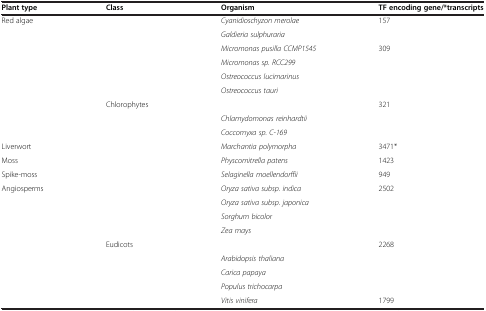
<table><thead><tr><td><b>Plant type</b></td><td><b>Class</b></td><td><b>Organism</b></td><td><b>TF encoding gene/*transcripts</b></td></tr></thead><tbody><tr><td rowspan="2">Red algae</td><td rowspan="2">[EMPTY_CELL]</td><td><i>Cyanidioschyzon merolae</i></td><td>157</td></tr><tr><td><i>Galdieria sulphuraria</i></td><td>[EMPTY_CELL]</td></tr><tr><td rowspan="7">[EMPTY_CELL]</td><td rowspan="4">[EMPTY_CELL]</td><td><i>Micromonas pusilla CCMP1545</i></td><td>309</td></tr><tr><td><i>Micromonas sp. RCC299</i></td><td>[EMPTY_CELL]</td></tr><tr><td><i>Ostreococcus lucimarinus</i></td><td>[EMPTY_CELL]</td></tr><tr><td><i>Ostreococcus tauri</i></td><td>[EMPTY_CELL]</td></tr><tr><td rowspan="3">Chlorophytes</td><td>[EMPTY_CELL]</td><td>321</td></tr><tr><td><i>Chlamydomonas reinhardtii</i></td><td>[EMPTY_CELL]</td></tr><tr><td><i>Coccomyxa sp. C-169</i></td><td>[EMPTY_CELL]</td></tr><tr><td>Liverwort</td><td>[EMPTY_CELL]</td><td><i>Marchantia polymorpha</i></td><td>3471*</td></tr><tr><td>Moss</td><td>[EMPTY_CELL]</td><td><i>Physcomitrella patens</i></td><td>1423</td></tr><tr><td>Spike-moss</td><td>[EMPTY_CELL]</td><td><i>Selaginella moellendorffii</i></td><td>949</td></tr><tr><td rowspan="8">Angiosperms</td><td rowspan="4">[EMPTY_CELL]</td><td><i>Oryza sativa subsp. indica</i></td><td>2502</td></tr><tr><td><i>Oryza sativa subsp. japonica</i></td><td>[EMPTY_CELL]</td></tr><tr><td><i>Sorghum bicolor</i></td><td>[EMPTY_CELL]</td></tr><tr><td><i>Zea mays</i></td><td>[EMPTY_CELL]</td></tr><tr><td rowspan="4">Eudicots</td><td>[EMPTY_CELL]</td><td>2268</td></tr><tr><td><i>Arabidopsis thaliana</i></td><td>[EMPTY_CELL]</td></tr><tr><td><i>Carica papaya</i></td><td>[EMPTY_CELL]</td></tr><tr><td><i>Populus trichocarpa</i></td><td>[EMPTY_CELL]</td></tr><tr><td>[EMPTY_CELL]</td><td>[EMPTY_CELL]</td><td><i>Vitis vinifera</i></td><td>1799</td></tr></tbody></table>